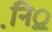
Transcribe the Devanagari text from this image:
नि़़॒